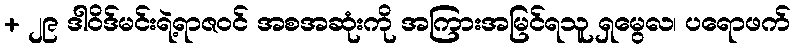
+ ၂၉ ဒါဝိဒ်မင်းရဲ့ရာဇဝင် အစအဆုံးကို အကြားအမြင်ရသူ ရှမွေလ၊ ပရောဖက်